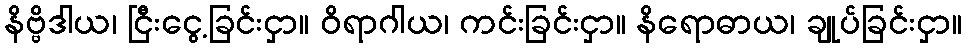
နိဗ္ဗိဒါယ၊ ငြီးငွေ့ခြင်းငှာ။ ဝိရာဂါယ၊ ကင်းခြင်းငှာ။ နိရောဓာယ၊ ချုပ်ခြင်းငှာ။